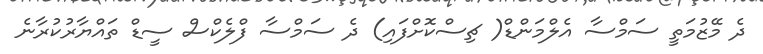
ދެ މޭޒުމަތީ ސަމްސާ އެލްމަންޑް( ޗިސްކޮށްފައި) ދެ ސަމްސާ ފްލެކްސް ސީޑް ތައްޔާރުކުރާނެ